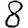
Digit: 8